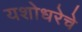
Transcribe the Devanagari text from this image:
यशोधरेचे